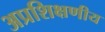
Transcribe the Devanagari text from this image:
अप्रशिक्षणीय